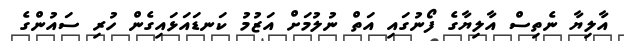
އާލިޔާ ނެތިސް އާލިޔާގެ ފޯނުގައި އަތް ނުލުމަށް އަޒުމު ކަނޑައަޅައިގެން ހުރި ސައުންގެ